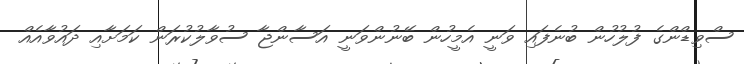
ސްވިޑްންގެ ފުލުހުން ބުނެފައި ވަނީ އެމީހުން ބޭނުންވަނީ އަސާންޖާ ސުވާލުކުރަން ކަމަށާއި ދައުވާއެއް